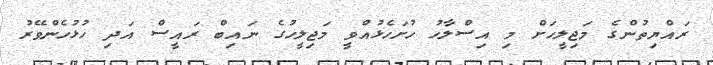
ރައްޔިތުންގެ މަޖިލީހަށް މި އިސްލާހު ހުށަހެޅުއްވީ މަޖިލީހުގެ ނައިބް ރައީސް އަދި ހުޅުހެންވޭރު